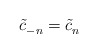
\begin{align*}\tilde c_{-n}^{} = \tilde c_n^{}\end{align*}